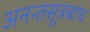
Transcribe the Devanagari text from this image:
अनन्तसूत्रबांध